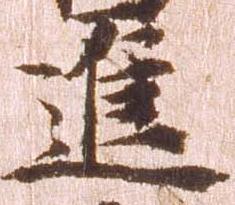
進